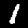
Label: 1